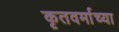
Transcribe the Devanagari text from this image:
कृतवर्माच्या